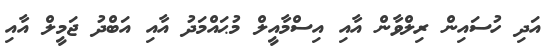
އަދި ހުސައިން ރިލްވާން އާއި އިސްމާއީލް މުޙައްމަދު އާއި އަބްދު ޖަމީލް އާއި